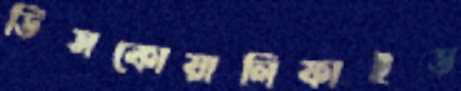
ডিসকোয়ালিফাইড